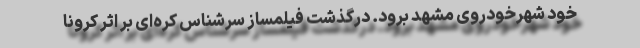
خود شهرخودروی مشهد برود. درگذشت فیلمساز سرشناس کره‌ای بر اثر کرونا